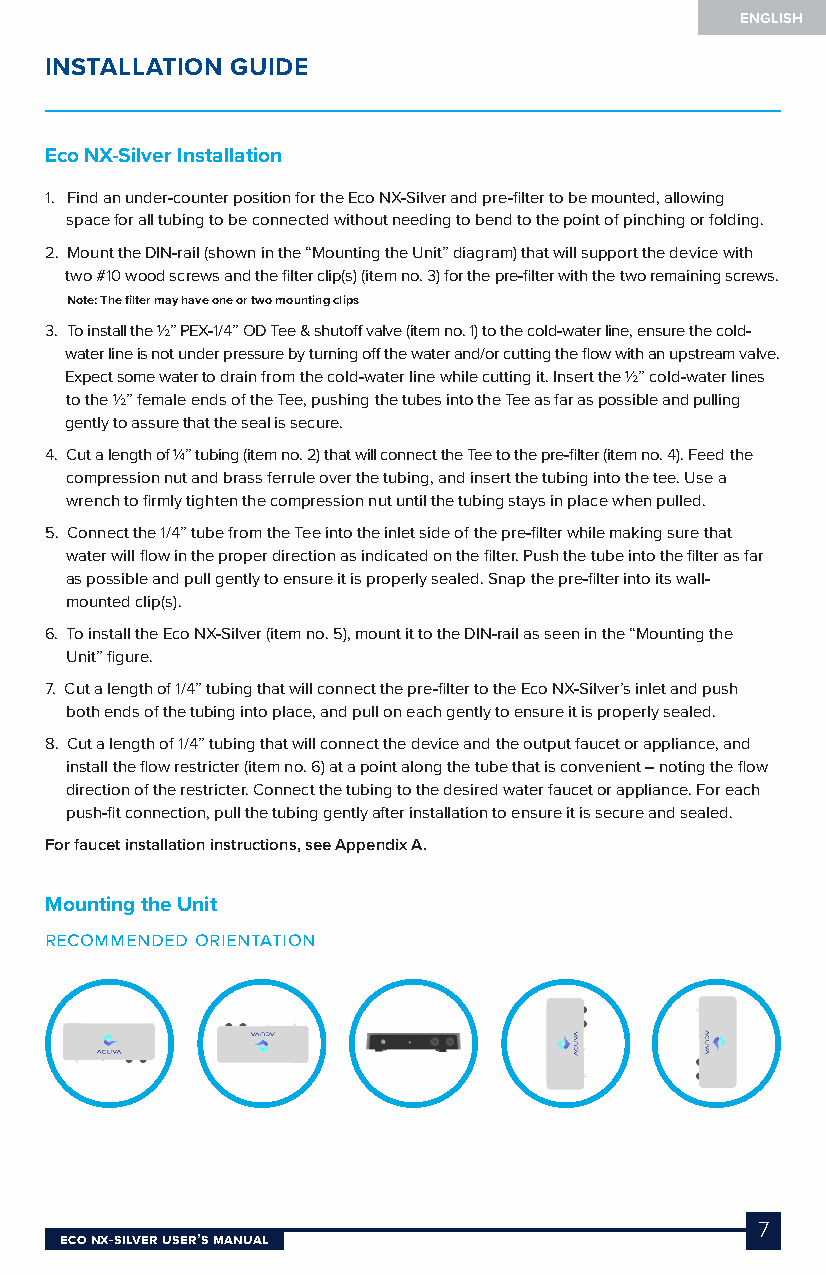
ENGLISH
 INSTALLATION GUIDE
 Eco NX-Silver Installation
 1. Find an under-counter position for the Eco NX-Silver and pre-filter to be mounted, allowing
 space for all tubing to be connected without needing to bend to the point of pinching or folding.
 2. Mount the DIN-rail (shown in the “Mounting the Unit” diagram) that will support the device with
 two #10 wood screws and the filter clip(s) (item no. 3) for the pre-filter with the two remaining screws.
 Note: The filter may have one or two mounting clips
 3. To install the ½” PEX-1/4” OD Tee & shutoff valve (item no. 1) to the cold-water line, ensure the cold-
 water line is not under pressure by turning off the water and/or cutting the flow with an upstream valve.
 Expect some water to drain from the cold-water line while cutting it. Insert the ½” cold-water lines
 to the ½” female ends of the Tee, pushing the tubes into the Tee as far as possible and pulling
 gently to assure that the seal is secure.
 4. Cut a length of ¼” tubing (item no. 2) that will connect the Tee to the pre-filter (item no. 4). Feed the
 compression nut and brass ferrule over the tubing, and insert the tubing into the tee. Use a
 wrench to firmly tighten the compression nut until the tubing stays in place when pulled.
 5. Connect the 1/4” tube from the Tee into the inlet side of the pre-filter while making sure that
 water will flow in the proper direction as indicated on the filter. Push the tube into the filter as far
 as possible and pull gently to ensure it is properly sealed. Snap the pre-filter into its wall-
 mounted clip(s).
 6. To install the Eco NX-Silver (item no. 5), mount it to the DIN-rail as seen in the “Mounting the
 Unit” figure.
 7. Cut a length of 1/4” tubing that will connect the pre-filter to the Eco NX-Silver’s inlet and push
 both ends of the tubing into place, and pull on each gently to ensure it is properly sealed.
 8. Cut a length of 1/4” tubing that will connect the device and the output faucet or appliance, and
 install the flow restricter (item no. 6) at a point along the tube that is convenient – noting the flow
 direction of the restricter. Connect the tubing to the desired water faucet or appliance. For each
 push-fit connection, pull the tubing gently after installation to ensure it is secure and sealed.
 For faucet installation instructions, see Appendix A.
 Mounting the Unit
 recommended orientation
 7
 Eco NX-SilvEr USEr’S MaNUal